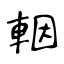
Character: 𨋳